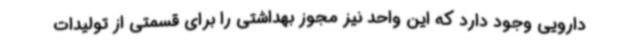
دارویی وجود دارد که این واحد نیز مجوز بهداشتی را برای قسمتی از تولیدات